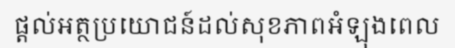
ផ្តល់អត្ថប្រយោជន៍ដល់សុខភាពអំឡុងពេល